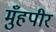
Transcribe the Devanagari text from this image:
मुँहपीर